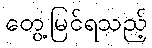
တွေ့မြင်ရသည့်